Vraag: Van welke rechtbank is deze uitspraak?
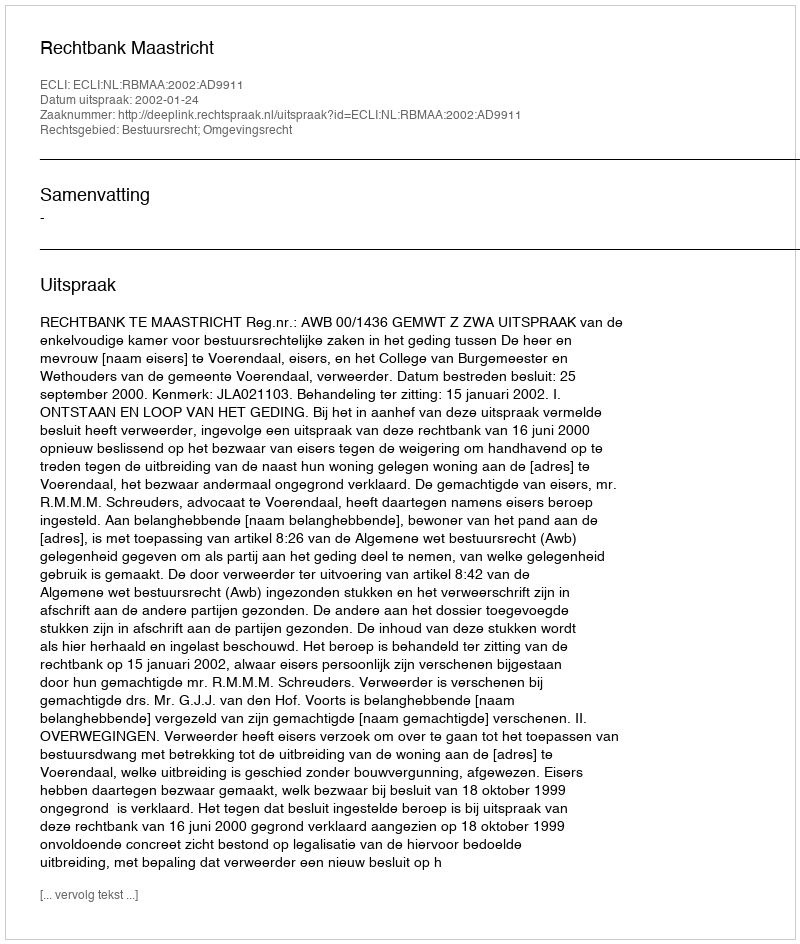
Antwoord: Rechtbank Maastricht